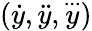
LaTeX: ({\dot{y}},{\ddot{y}},{\overset{...}{y}})